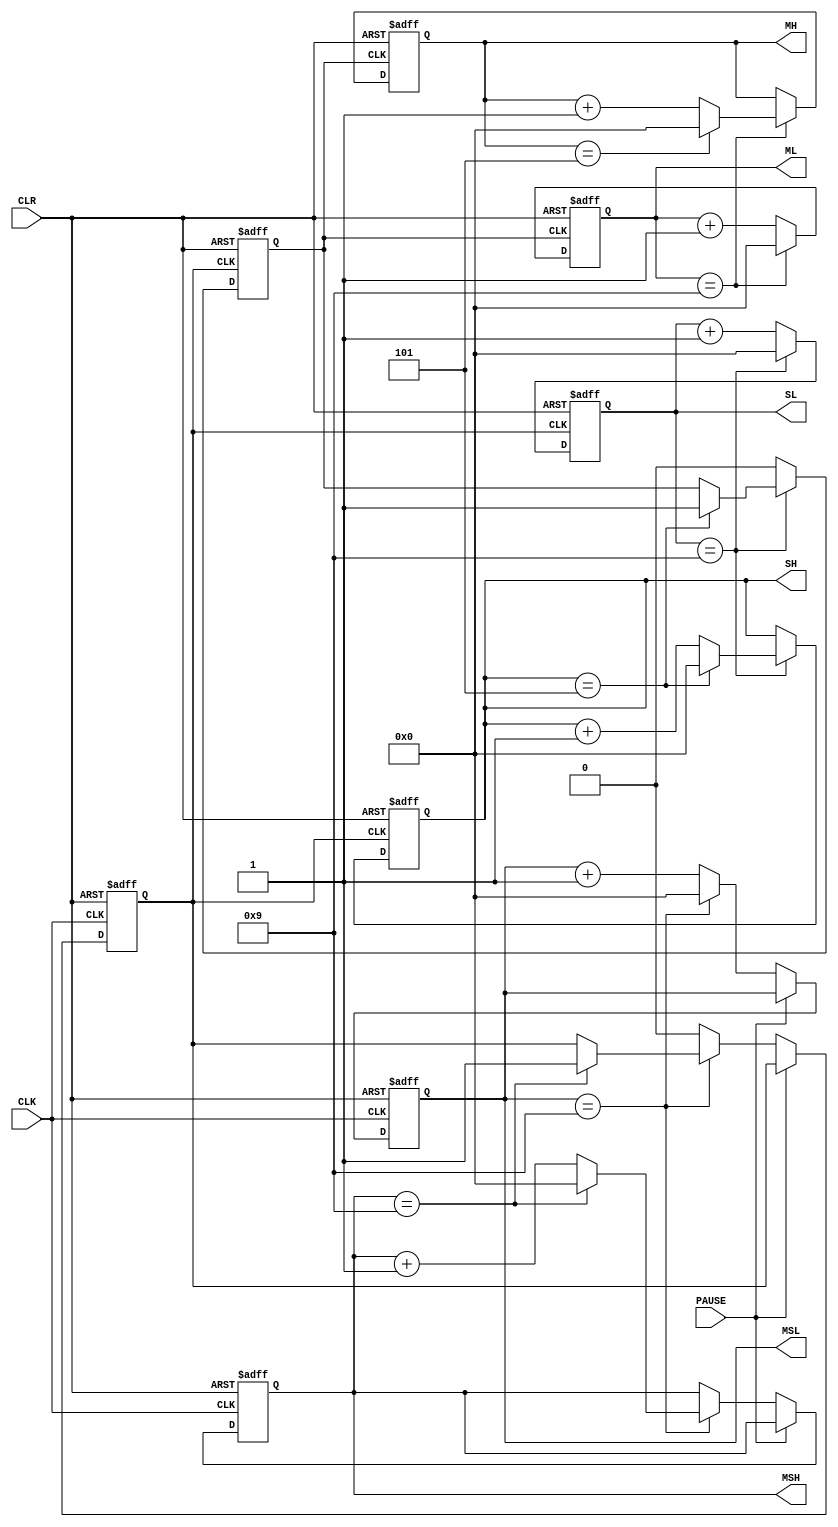
module paobiao(CLK,CLR,PAUSE,MSH,MSL,SH,SL,MH,ML);
input CLK,CLR;
input PAUSE;
output[3:0] MSH,MSL,SH,SL,MH,ML;
reg[3:0] MSH,MSL,SH,SL,MH,ML;
reg cn1,cn2; //cn1 cn2 
//100cn1 
always @(posedge CLK or posedge CLR)
begin
if(CLR) begin //
{MSH,MSL}<=8'h00;
cn1<=0;
end
else if(!PAUSE) //PAUSE 0 1 
begin
if(MSL==9) begin
MSL<=0;
if(MSH==9)
begin MSH<=0; cn1<=1; end
else MSH<=MSH+1;
end
else begin
MSL<=MSL+1; cn1<=0;
end
end
end
//60cn2 
always @(posedge cn1 or posedge CLR)
begin
if(CLR) begin //
{SH,SL}<=8'h00;
cn2<=0;
end
else if(SL==9) //9
begin
SL<=0;
if(SH==5) begin SH<=0; cn2<=1; end
else SH<=SH+1;
end
else
begin SL<=SL+1; cn2<=0; end
end
//60
always @(posedge cn2 or posedge CLR)
begin
if(CLR)
begin {MH,ML}<=8'h00; end //
else if(ML==9) begin
ML<=0;
if(MH==5) MH<=0;
else MH<=MH+1;
end
else ML<=ML+1;
end
endmodule